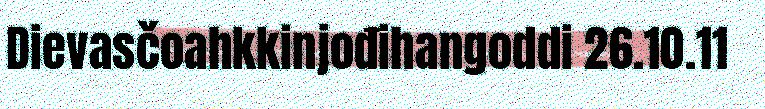
Dievasčoahkkinjođihangoddi 26.10.11